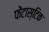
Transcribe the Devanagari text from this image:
फेंटास्टिक